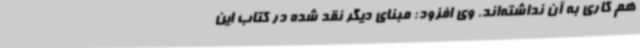
هم کاری به آن نداشته‌اند. وی افزود: مبنای دیگر نقد شده در کتاب این